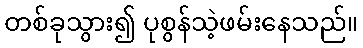
တစ်ခုသွား၍ ပုစွန်သဲ့ဖမ်းနေသည်။